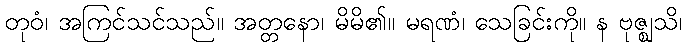
တုဝံ၊ အကြင်သင်သည်။ အတ္တနော၊ မိမိ၏။ မရဏံ၊ သေခြင်းကို။ န ဗုဇ္ဈသိ၊